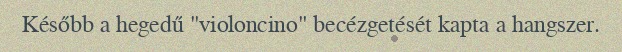
Később a hegedű "violoncino" becézgetését kapta a hangszer.